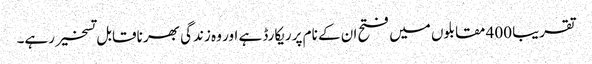
تقریبا 400 مقابلوں میں فتح ان کے نام پر ریکارڈ ہے اور وہ زندگی بھر ناقابل تسخیر رہے۔